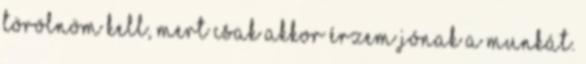
törölnöm kell, mert csak akkor érzem jónak a munkát.